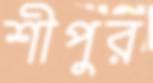
শীপুর